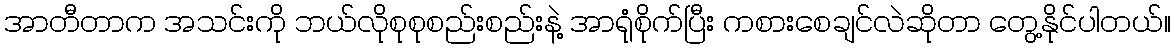
အာတီတာက အသင်းကို ဘယ်လိုစုစုစည်းစည်းနဲ့ အာရုံစိုက်ပြီး ကစားစေချင်လဲဆိုတာ တွေ့နိုင်ပါတယ်။